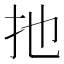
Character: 扡